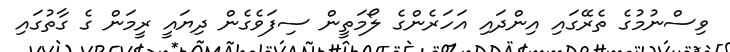
ވިސްނުމުގެ ތެރޭގައި އިންދައި އަހަރެންގެ ލޯމަތީން ސިފަވެގެން ދިޔައީ ރީމަން ގެ ގާތުގައި